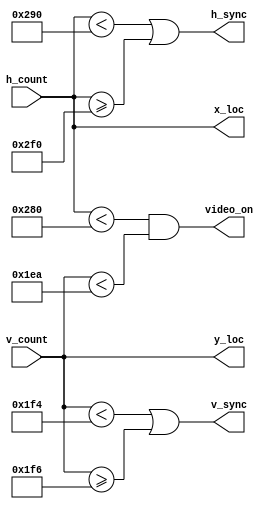
`timescale 1ns / 1ps
module vga_sync(input [9:0]h_count, input [9:0]v_count, output h_sync, output v_sync, output video_on, output [9:0]x_loc, output [9:0]y_loc);
    //horizontal
    localparam HD = 640;
    localparam HF = 16; //RB
    //localparam HB = 49; //LB
    localparam HR = 96;
   
    //vertical
    localparam VD = 490;
    localparam VF = 10; //TB
    //localparam VB = 33; //BB
    localparam VR = 2;

    assign v_sync = (v_count < (VD + VF)) || (v_count >= (VD + VF + VR));
    assign h_sync = (h_count < (HD + HF)) || (h_count >= (HD + HF + HR));
    assign video_on = (h_count < HD) & (v_count < VD); //when should we display
    
		//increment x and y

    assign y_loc = v_count; 
    assign x_loc = h_count;
endmodule